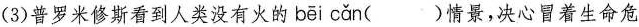
(3)普罗米修斯看到人类没有火的bei can （）情景，决心冒着生命危